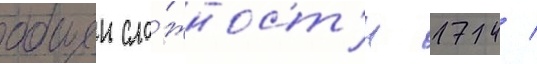
общеи сло́жност'и 174 /